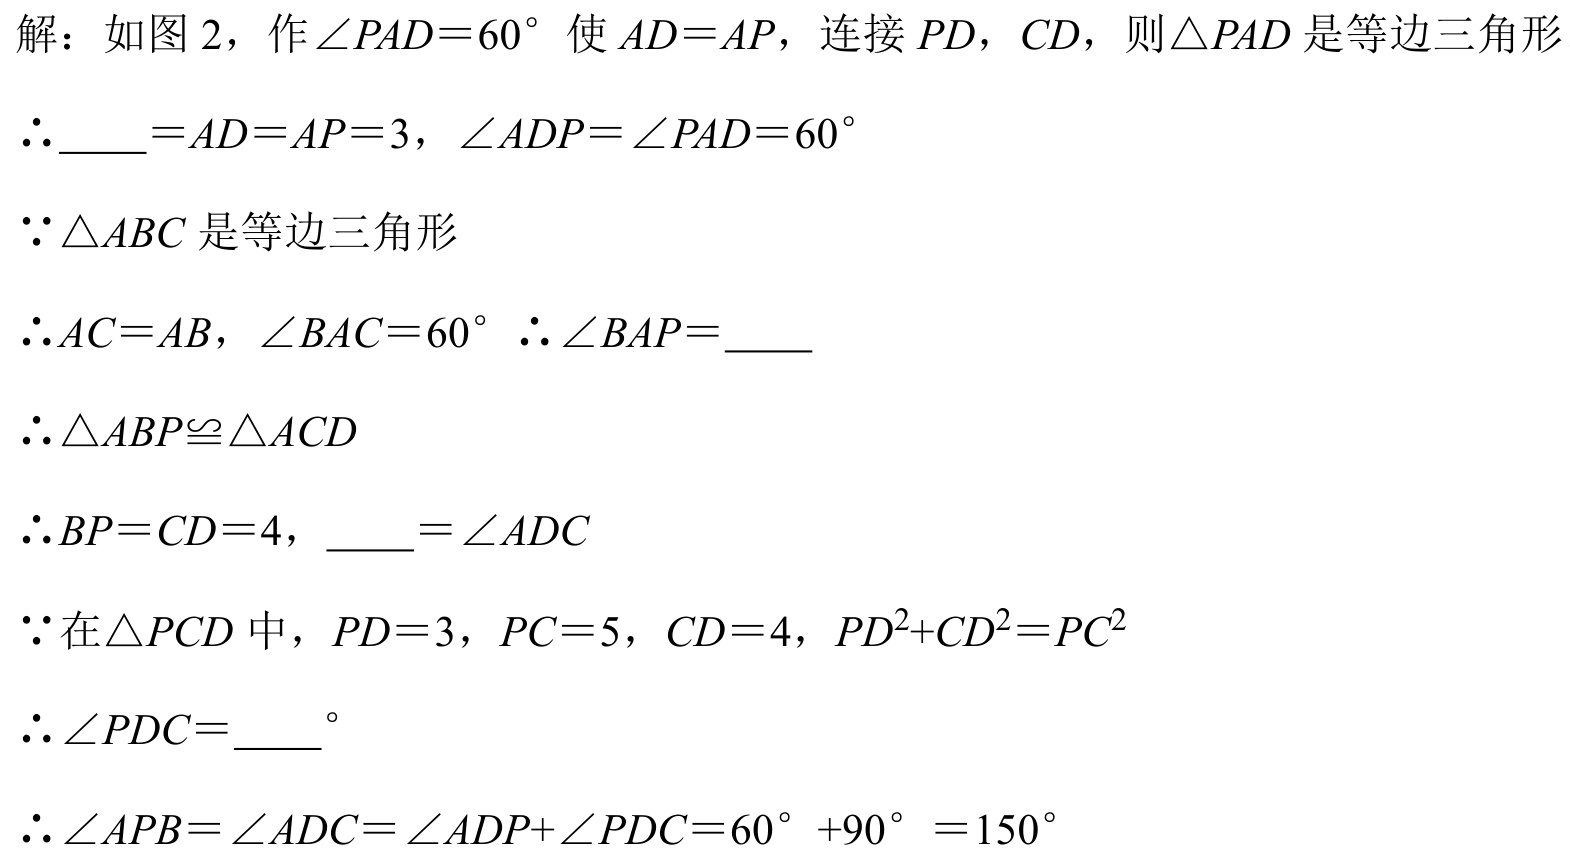
解：如图 2，作\(\angle PAD = 60^{\circ}\)使 \(AD = AP\)，连接 \(PD\)，\(CD\)，则\(\triangle PAD\)是等边三角形
\(\therefore\underline{\quad}=AD = AP = 3\)，\(\angle ADP=\angle PAD = 60^{\circ}\)
\(\because\triangle ABC\)是等边三角形
\(\therefore AC = AB\)，\(\angle BAC = 60^{\circ}\)\(\therefore\angle BAP=\underline{\quad}\)
\(\therefore\triangle ABP\cong\triangle ACD\)
\(\therefore BP = CD = 4\)，\(\underline{\quad}=\angle ADC\)
\(\because\)在\(\triangle PCD\)中，\(PD = 3\)，\(PC = 5\)，\(CD = 4\)，\(PD^{2}+CD^{2}=PC^{2}\)
\(\therefore\angle PDC=\underline{\quad}^{\circ}\)
\(\therefore\angle APB=\angle ADC=\angle ADP+\angle PDC = 60^{\circ}+90^{\circ}=150^{\circ}\)